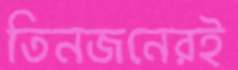
তিনজনেরই